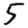
Digit: 5